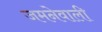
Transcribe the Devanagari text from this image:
जमनेवाली